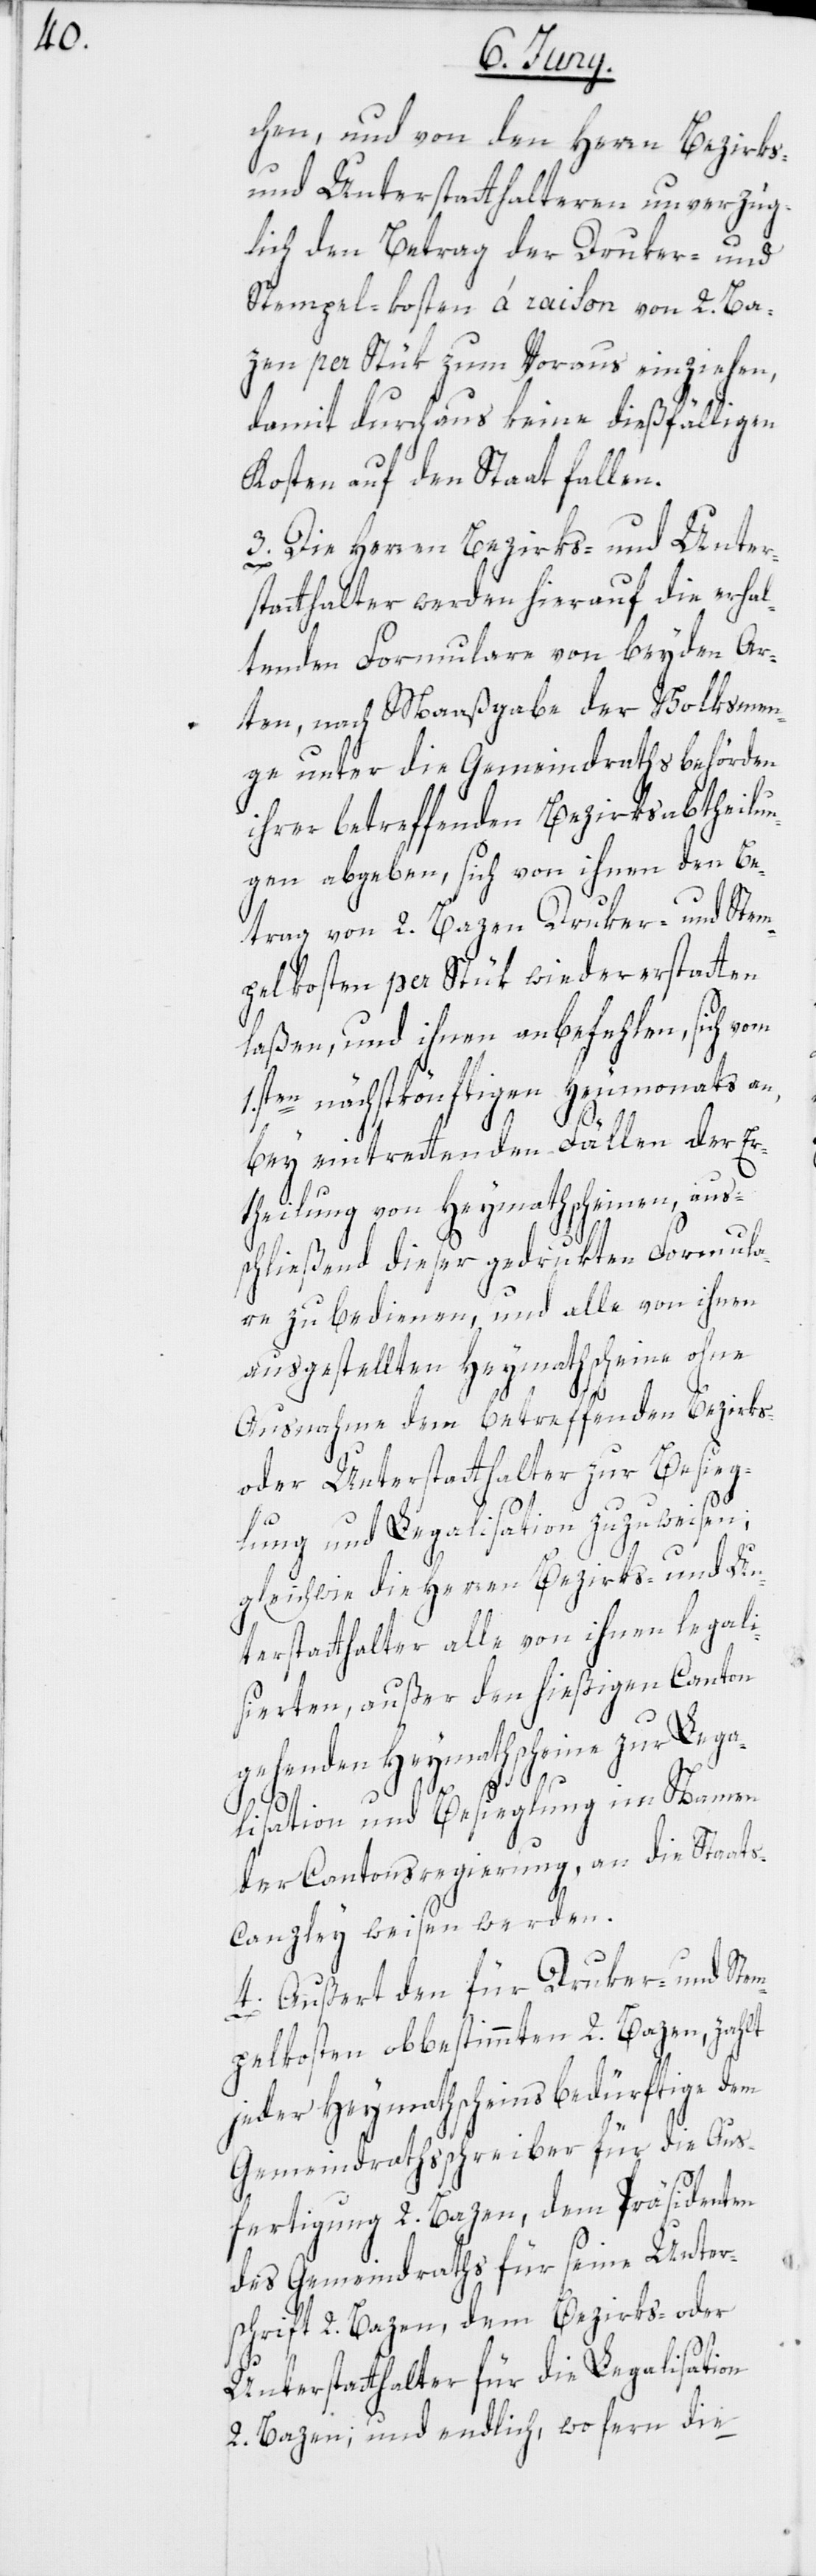
chen, und von den Herrn Bezirks-
und Unterstatthalteren unverzüg¬
lich den Betrag der Druker- und
Stempel-kosten à raison von 2. Ba¬
zen per Stük zum Voraus einziehen,
damit durchaus keine dießfälligen
Kosten auf den Staat fallen.
3. Die Herren Bezirks- und Unter¬
statthalter werden hierauf die erhal¬
tenden Formulare von beyden Ar¬
ten, nach Maaßgabe der Volksmen¬
ge unter die Gemeindrathsbehörden
ihrer betreffenden Bezirksabtheilu¬
ngen abgeben, sich von ihnen den Be¬
trag von 2. Bazen Druker- und Stem¬
pelkosten per Stük wieder erstatten
laßen, und ihnen anbefehlen, sich vom
1.sten nächstkönftigen Heumonats an,
bey eintrettenden Fällen der Er¬
theilung von Heymathscheinen, aus¬
schließend dieser gedrukten Formula¬
re zu bedienen, und alle von ihnen
ausgestellten Heymathscheine ohne
Ausnahme dem betreffenden Bezirks-
oder Unterstatthalter zur Besieg¬
lung und Legalisation zuzuweisen;
gleichwie die Herren Bezirks- und Un¬
terstatthalter alle von ihnen legali¬
sierten, außer den hießigen Canton
gehenden Heymathscheine zur Lega¬
ti¬
dem
2.
lisation und Besieglung im Namen
der Cantonsregierung, an die Staats¬
canzley weisen werden.
4. Außert den für Druker- und Stem¬
pelkosten obbestimmten 2. Bazen, zahlt
jeder Heymathscheinsbedürftige dem
Gemeindrathsschreiber für die Aus¬
des Gemeindraths für seine Unter¬
schrift 2. Bazen, dem Bezirks- oder
Unterstatthalter für die Legalisation
2. Bazen; und endlich, wo fern die